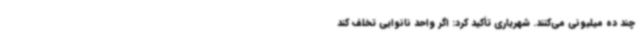
چند ده میلیونی می‌کنند. شهریاری تأکید کرد: اگر واحد نانوایی تخلف کند